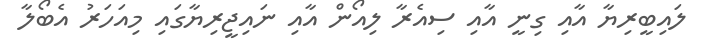
ލައިބީރިޔާ އާއި ގިނީ އާއި ސިއެރާ ލިއޯން އާއި ނައިޖީރިޔާގައި މިއަހަރު އެބޯލާ